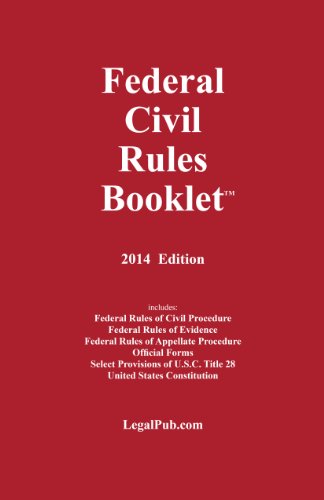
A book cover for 2014 Federal Civil Rules Booklet (For Use With All Civil Procedure Casebooks); LegalPub.com; Law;